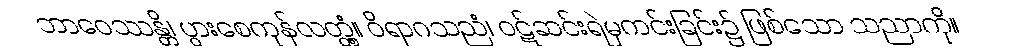
ဘာဝေဿန္တိ၊ ပွားစေကုန်လတ္တံ့။ ဝိရာဂသညံ၊ ဝဋ်ဆင်းရဲမှကင်းခြင်း၌ ဖြစ်သော သညာကို။